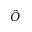
\hat { O }